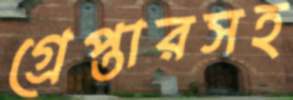
গ্রেপ্তারসহ